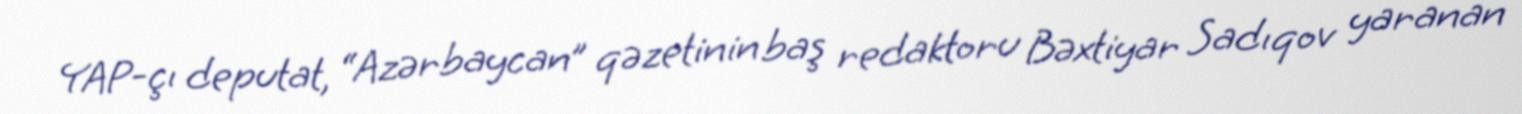
YAP-çı deputat, “Azərbaycan” qəzetinin baş redaktoru Bəxtiyar Sadıqov yaranan